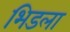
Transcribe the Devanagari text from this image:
भिडला